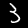
Digit: 3